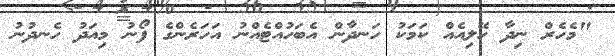
"މެހެރް ނިދާ ހޭލިއެއް ކަމަކު ހަނދާން އެބަހުއްޓެއްނު އަހަރެންގެ ފޯނު މިއަދު ހެނދުނު